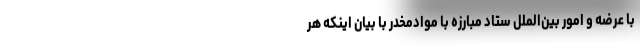
با عرضه و امور بین‌الملل ستاد مبارزه با موادمخدر با بیان اینکه هر